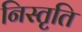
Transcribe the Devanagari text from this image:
निस्तृति